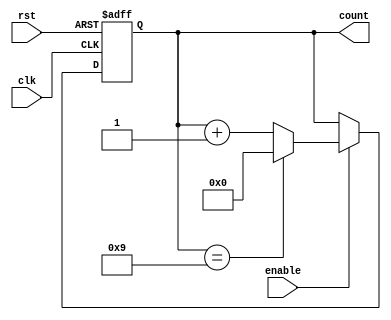
module modulus_counter #(
    parameter N = 10  // Modulus value (must be greater than 0)
) (
    input wire clk,    // Clock input
    input wire rst,    // Asynchronous reset (active high)
    input wire enable, // Enable signal to start/stop counting
    output reg [N-1:0] count // N-bit wide output for the current count
);

    // Ensure that the modulus value is greater than zero
    initial begin
        if (N <= 0) begin
            $error("Modulus value N must be greater than 0.");
            $finish;
        end
    end

    // Counter logic
    always @(posedge clk or posedge rst) begin
        if (rst) begin
            count <= 0; // Reset the counter to 0
        end else if (enable) begin
            if (count == (N - 1)) begin
                count <= 0; // Reset to 0 if modulus is reached
            end else begin
                count <= count + 1; // Increment the counter
            end
        end
    end

endmodule